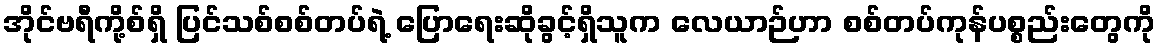
အိုင်ဗရီကို့စ်ရှိ ပြင်သစ်စစ်တပ်ရဲ့ ပြောရေးဆိုခွင့်ရှိသူက လေယာဉ်ဟာ စစ်တပ်ကုန်ပစ္စည်းတွေကို